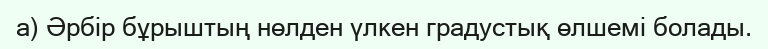
а) Әрбір бұрыштың нөлден үлкен градустық өлшемі болады.